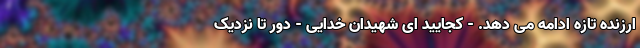
ارزنده تازه ادامه می دهد. - کجایید ای شهیدان خدایی - دور تا نزدیک